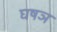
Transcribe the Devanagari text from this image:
घषञ